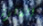
الفائزة